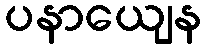
ပနာယျေန